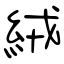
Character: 絨